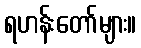
ရဟန်းတော်များ။